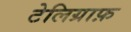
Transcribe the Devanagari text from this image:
टेलिग्राफ़